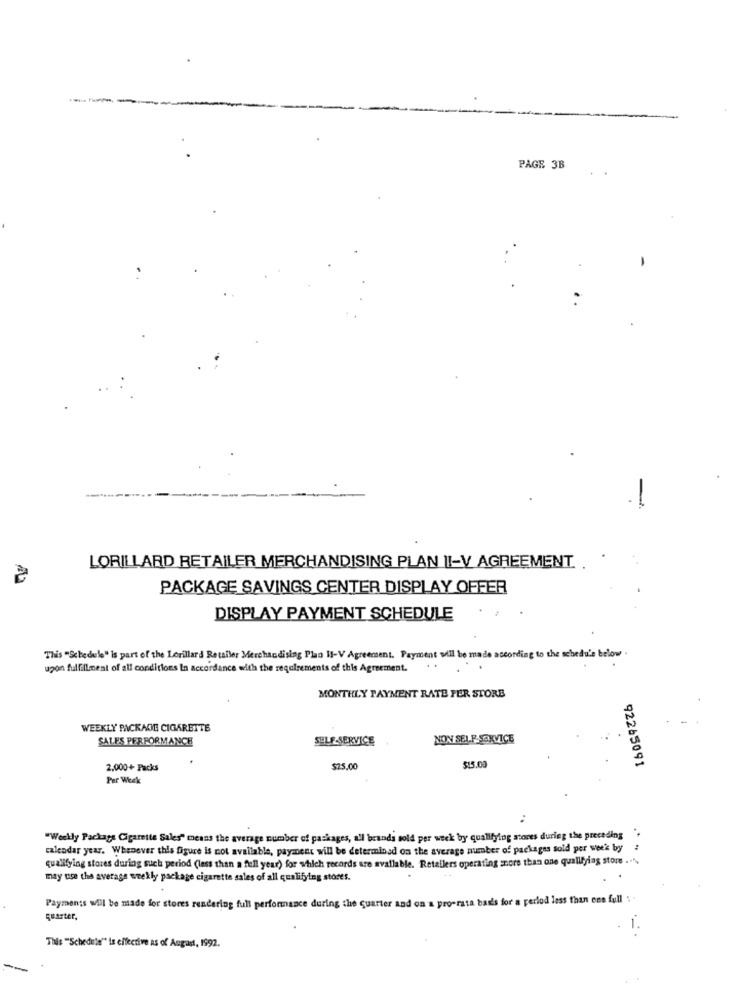
----
PAGE 3B
LORILLARD RETAILER MERCHANDISING PLAN II-V AGREEMENT
PACKAGE SAVINGS CENTER DISPLAY OFFER
DISPLAY PAYMENT SCHEDULE
This "Schedule" is part of the Lorillard Retailer Merchandising Plan II-V Agreement. Payment will be made according to the schedule below
upon fulfillment of all conditions In accordance with the requirements of this Agreement.
MONTHLY PAYMENT RATE FER STORE
WEEKLY PACKAGE CIGARETTE
SALES PERFORMANCE
SELF-SERVICE
NON SELF-SERVICE
92265091
2,000+ Packs
$25.00
$15.00
Per Week
"Weekly Package Cigarette Sales" means the average number of packages, all brands sold per week by qualifying stores during the preceding ".
calendar year. Whenever this figure is not available, payment will be determined on the average number of packages sold per week by
:
qualifying stores during such period (less than a fell year) for which records are available. Retailers operating more than one qualifyias store ...
may use the average weekly package cigarette sales of all qualifying stores.
Payments will be made for stores rendering full performance during the quarter and on a pro-rata bad's for a period less than ens full : .
quarter,
1 .
This "Schedule" is effective as of August, 1992.